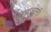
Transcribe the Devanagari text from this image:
जहाज़रानी।